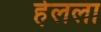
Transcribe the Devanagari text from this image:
हेलला